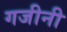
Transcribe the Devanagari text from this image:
गजीनी